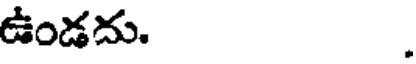
ఉండదు. .